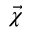
\vec { \chi }